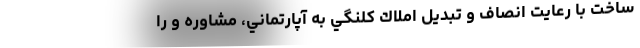
ساخت با رعايت انصاف و تبديل املاك كلنگي به آپارتماني، مشاوره و را